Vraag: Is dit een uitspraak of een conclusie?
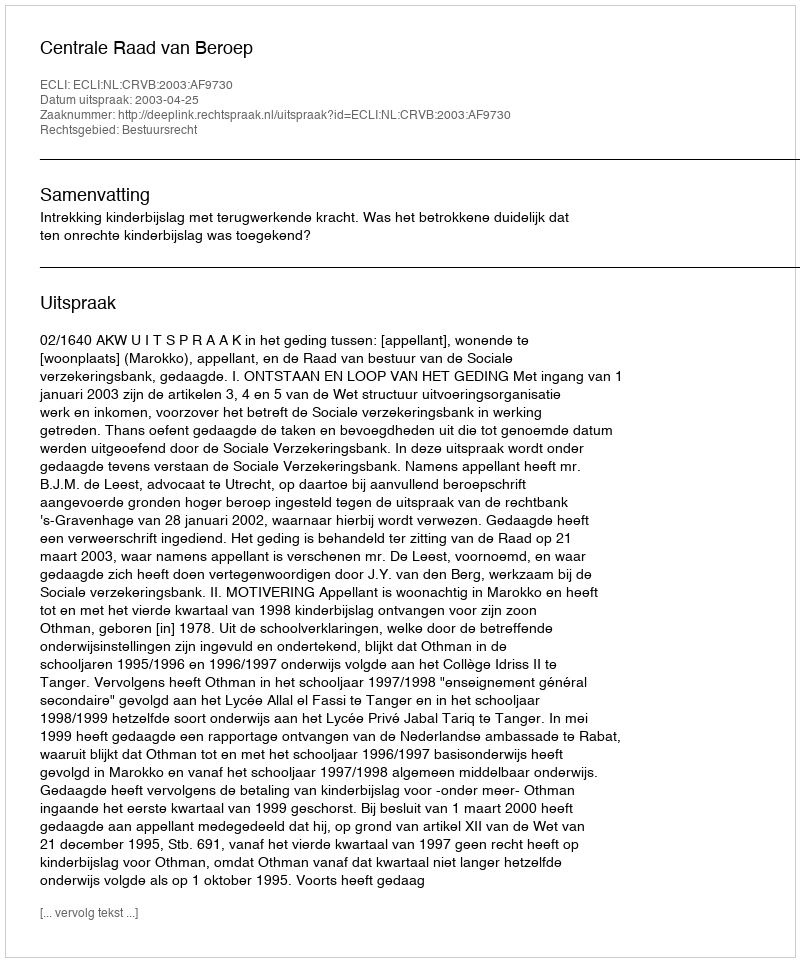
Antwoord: Uitspraak